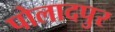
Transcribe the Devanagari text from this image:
पोलादपुर